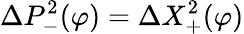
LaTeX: \Delta P_{-}^{2}(\varphi)=\Delta X_{+}^{2}(\varphi)